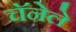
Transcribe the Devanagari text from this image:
चॅनेले